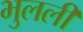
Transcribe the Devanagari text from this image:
भुलली